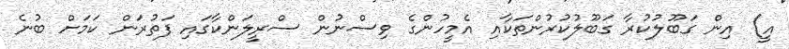
އީ) އިން ގަބޫލުކުރާ ގަބޫލުކުރުންތަކާއި އެމީހުންގެ ވިސްނުން ސްރީލަންކާގައި ފަތުރަން ކަމަށް ބުނެ